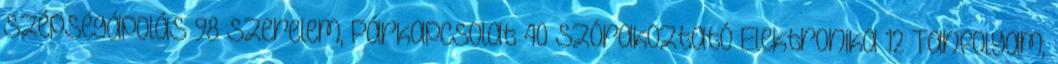
Szépségápolás 98 Szerelem, Párkapcsolat 40 Szórakoztató Elektronika 12 Tanfolyam,